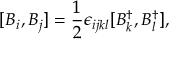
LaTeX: [ B _ { i } , B _ { j } ] = \frac { 1 } { 2 } \epsilon _ { i j k l } [ B _ { k } ^ { \dagger } , B _ { l } ^ { \dagger } ] ,